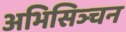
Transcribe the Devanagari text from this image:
अभिसिञ्चन